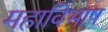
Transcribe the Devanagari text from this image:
महाविभाष